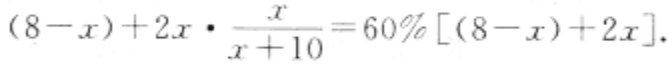
\((8 - x)+2x\cdot\frac{x}{x + 10}=60\%[(8 - x)+2x]\)